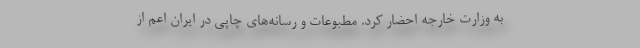
به وزارت خارجه احضار کرد. مطبوعات و رسانه‌های چاپی در ایران اعم از